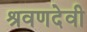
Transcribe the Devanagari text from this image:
श्रवणदेवी